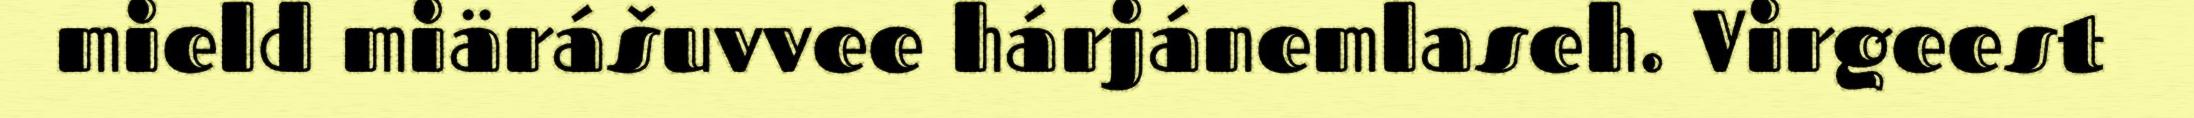
mield miärášuvvee hárjánemlaseh. Virgeest